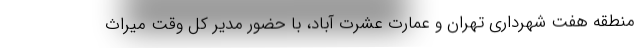
منطقه هفت شهرداری تهران و عمارت عشرت آباد، با حضور مدیر کل وقت میراث